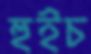
হুইচ